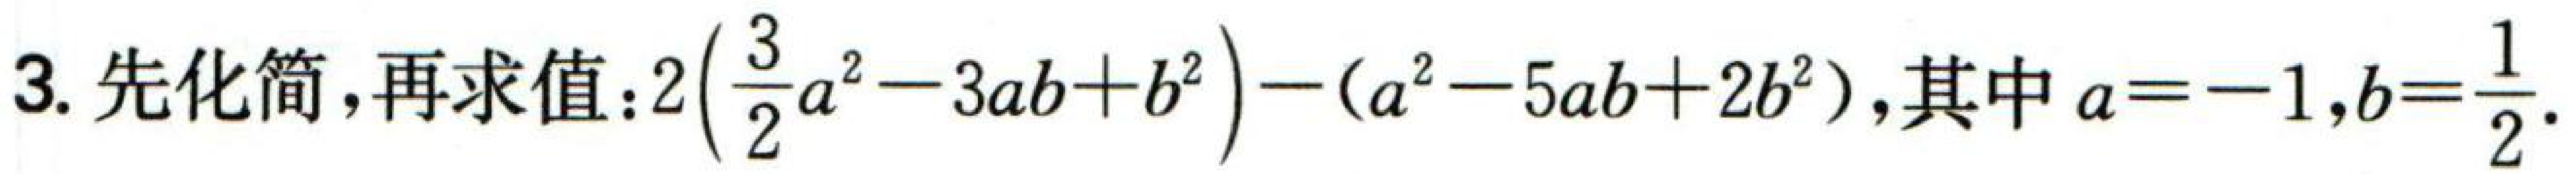
3. 先化简，再求值：$2\left(\frac{3}{2}a^{2}-3ab + b^{2}\right)-(a^{2}-5ab + 2b^{2})$，其中$a = - 1,b=\frac{1}{2}$.